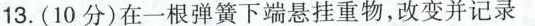
13.(10分)在一根弹簧下端悬挂重物，改变并记录